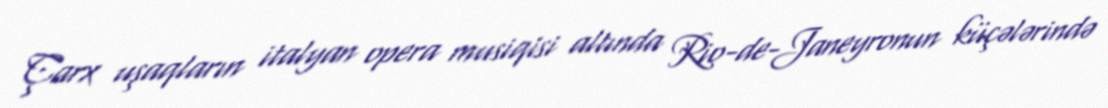
Çarx uşaqların italyan opera musiqisi altında Rio-de-Janeyronun küçələrində